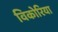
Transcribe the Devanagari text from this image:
विकोरिया